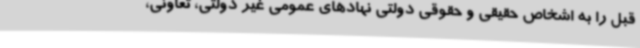
قبل را به اشخاص حقیقی و حقوقی دولتی نهادهای عمومی غیر دولتی، تعاونی،